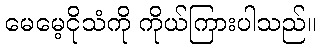
မေမေ့ငိုသံကို ကိုယ်ကြားပါသည်။